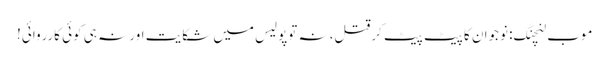
موب لنچنگ: نوجوان کا پیٹ پیٹ کرقتل، نہ توپولیس میں شکایت اور نہ ہی کوئی کارروائی!